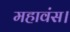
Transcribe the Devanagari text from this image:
महावंस।